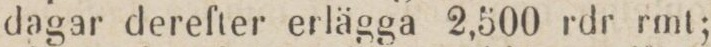
dagar derefter erlägga 2,500 rdr rmt;